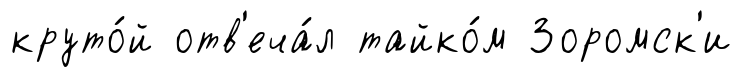
круто́й отв'еча́л тайко́м Зоромск'и